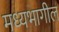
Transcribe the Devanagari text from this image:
मध्यभागील